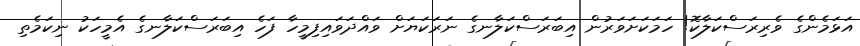
އަޅަމެންގެ ވެރިރަސްކަލާކޮ! ހަމަކަށަވަރުން އިބަރަސްކަލާނގެ ނަރަކަޔަށް ވައްދަވައިފިމީހާ ފަހެ އިބަރަސްކަލާނގެ އެމީހަކު ނިކަމެތި